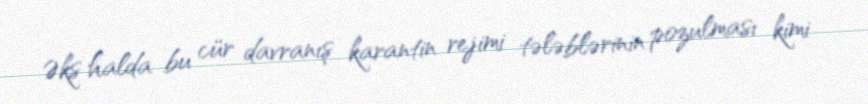
Əks halda bu cür davranış karantin rejimi tələblərinin pozulması kimi